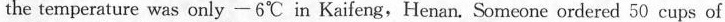
the temperature was only - 6℃ in Kaifeng,Henan. Someone ordered 50 cups of